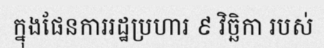
ក្នុងផែនការរដ្ឋប្រហារ ៩ វិច្ឆិកា របស់